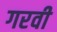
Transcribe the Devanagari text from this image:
गरवी